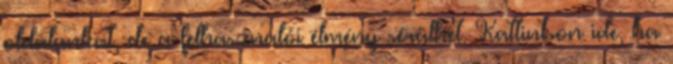
oldalunkat, de a felhasználói élmény sérülhet. Kattintson ide, ha